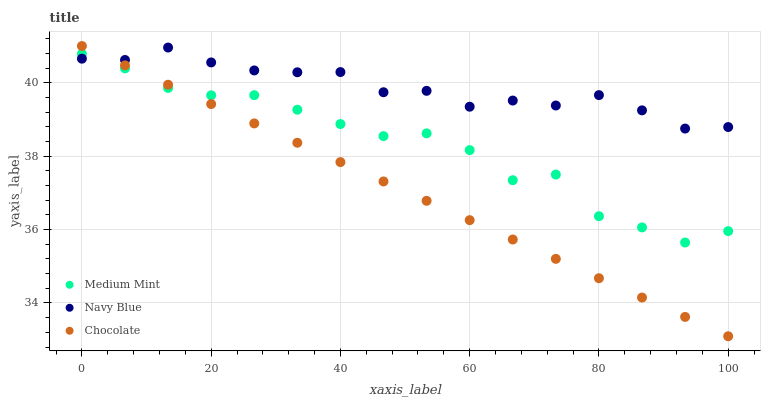
| xaxis_label | Medium Mint | Navy Blue | Chocolate |
 | --- | --- | --- | --- |
 | 0 | 40.8 | 40.7 | 41 |
 | 6.67 | 40.4 | 40.6 | 40.5 |
 | 13.3 | 39.9 | 41 | 39.9 |
 | 20 | 39.7 | 40.6 | 39.4 |
 | 26.7 | 39.7 | 40.3 | 38.9 |
 | 33.3 | 39.3 | 40.3 | 38.4 |
 | 40 | 38.9 | 40.3 | 37.8 |
 | 46.7 | 38.5 | 39.7 | 37.3 |
 | 53.3 | 38.6 | 39.8 | 36.8 |
 | 60 | 38.2 | 39.3 | 36.3 |
 | 66.7 | 37.3 | 39.5 | 35.7 |
 | 73.3 | 37.5 | 39.4 | 35.2 |
 | 80 | 36.4 | 39.7 | 34.7 |
 | 86.7 | 36.1 | 39.2 | 34.1 |
 | 93.3 | 35.6 | 38.8 | 33.6 |
 | 100 | 36 | 38.8 | 33.1 |